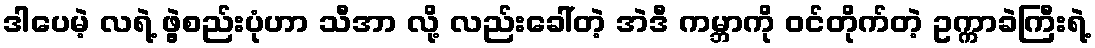
ဒါပေမဲ့ လရဲ့ ဖွဲ့စည်းပုံဟာ သီအာ လို့ လည်းခေါ်တဲ့ အဲဒီ ကမ္ဘာကို ဝင်တိုက်တဲ့ ဥက္ကာခဲကြီးရဲ့